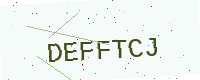
Text: DEFFTCJ